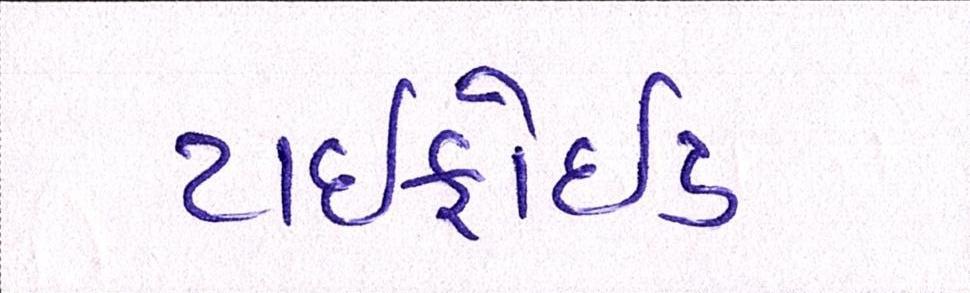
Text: ટાઇફોઇડ